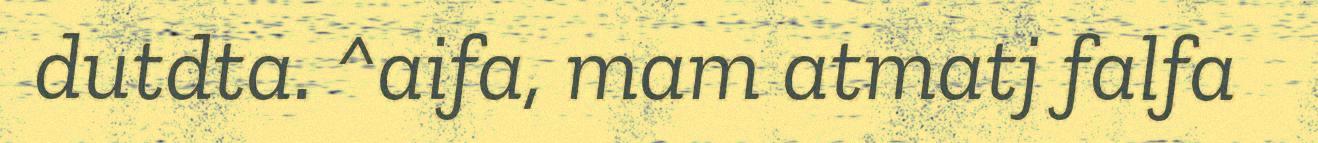
dutdta. ^aifa, mam atmatj falfa